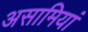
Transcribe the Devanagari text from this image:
असामियां